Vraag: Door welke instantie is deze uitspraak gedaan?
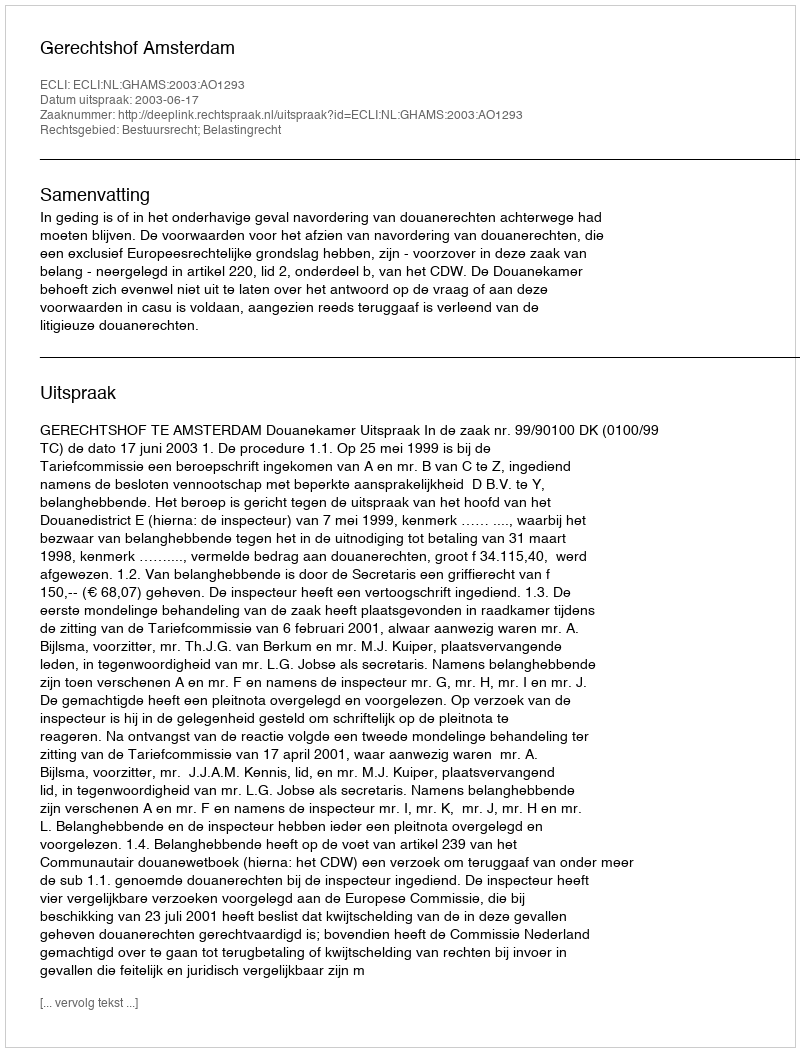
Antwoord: Gerechtshof Amsterdam